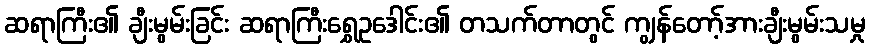
ဆရာကြီး၏ ချီးမွမ်းခြင်း ဆရာကြီးရွှေဥဒေါင်း၏ တသက်တာတွင် ကျွန်တော့်အားချီးမွမ်းသမှု